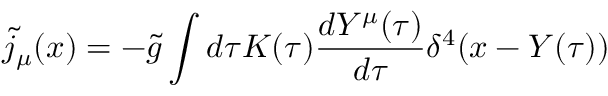
{ \tilde { j } } _ { \mu } ( x ) = - { \tilde { g } } \int d \tau { \cal K } ( \tau ) \frac { d Y ^ { \mu } ( \tau ) } { d \tau } \delta ^ { 4 } ( x - Y ( \tau ) )